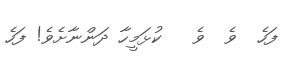
ފަހެ  ވެ  ވެ   ކުޅަމީހާ ދަންނާށެވެ! ފަހެ